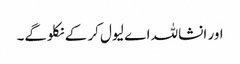
اور انشاللہ اے لیول کر کے نکلوگے۔